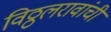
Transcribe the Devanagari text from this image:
विठ्ठलरावांची